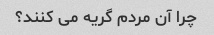
چرا آن مردم گریه می کنند؟